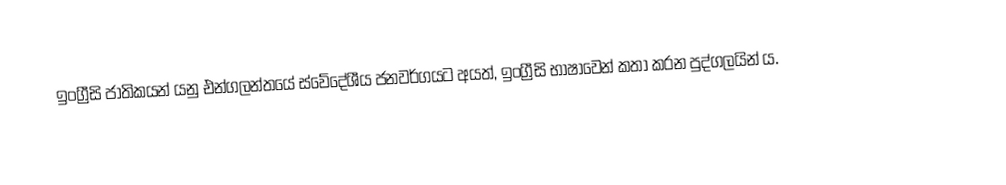
ඉංග්‍රීසි ජාතිකයන් යනු එන්ගලන්තයේ ස්වේදේශීය ජනවර්ගයට අයත්, ඉංග්‍රීසි භාෂාවෙන් කතා කරන පුද්ගලයින්‍ ය.